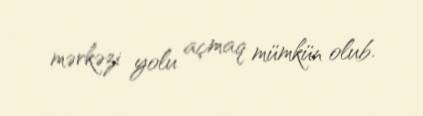
mərkəzi yolu açmaq mümkün olub.